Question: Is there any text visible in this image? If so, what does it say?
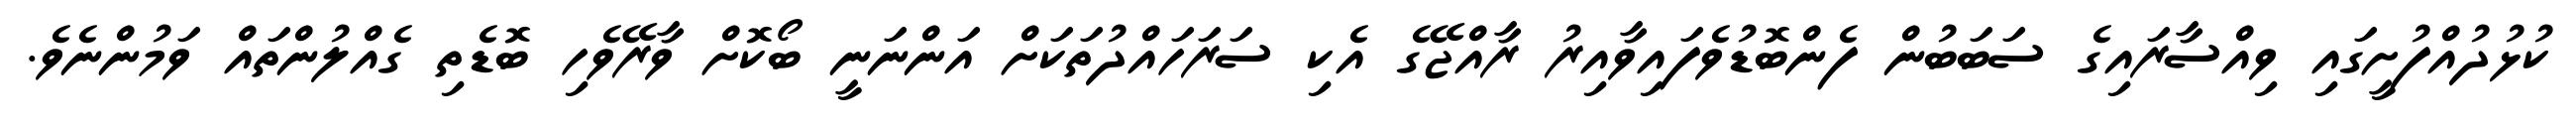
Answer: ކުޅުދުއްފުށީގައި ވިއްސާރައިގެ ސަބަބުން ފެންބޮޑުވެފައިވާއިރު ރާއްޖޭގެ އެކި ސަރަހައްދުތަކަށް އަންނަނީ ބޯކޮށް ވާރޭވެހި ބޮޑެތި ގެއްލުންތައް ވަމުންނެވެ.